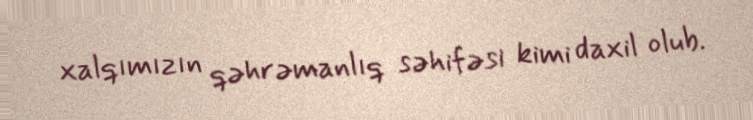
xalqımızın qəhrəmanlıq səhifəsi kimi daxil olub.